Leaving Certificate Examination, 1919, 1919
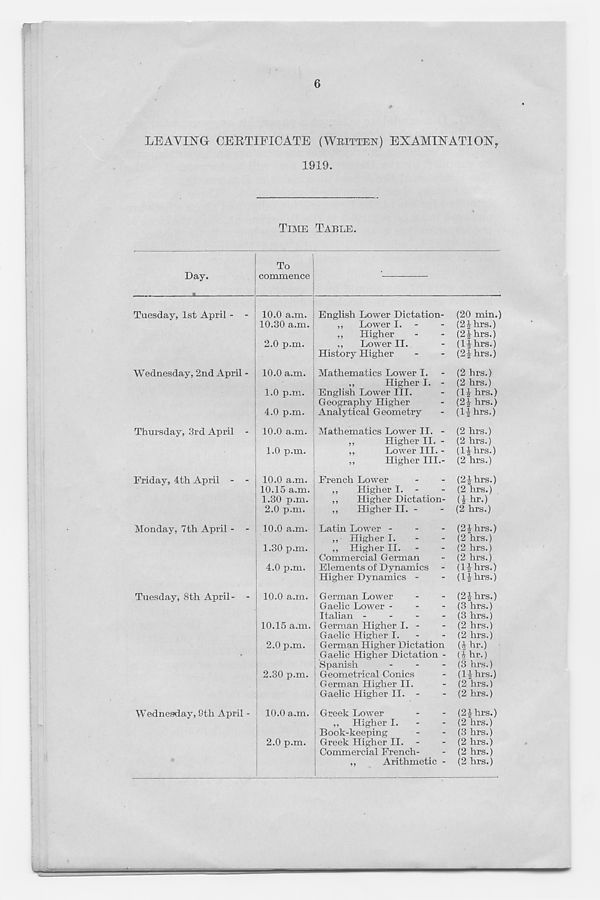
6
LEAVING CERTIFICATE (WHITTEN) EXAMINATION,
1919.
TIME TABLE.
Day.
Tuesday, 1st April -
Wednesday, 2nd April -
Thursday, 3rd April
Friday, 4th April
Monday, 7th April -
Tuesday, 8th April-
Wednesday, 9th April -
10.0 a.m.
10.30 a.m.
2.0 p.m.
10.0 a.m.
1.0 p.m.
4.0 p.m.
10.0 a.m.
1.0 p.m.
10.0 a.m.
10.15 a.m.
1.30 p.m.
2.0 p.m.
10.0 a.m.
1.30 p.m.
4.0 p.m.
10.0 a.m.
10.15 a.m.
2.0 p.m.
2.30 p.m.
10.0 a.m.
2.0 p.m.
English Lower Dictation- (20 min.)
,,
Lower I. -
- (2|hrs.)
„
Higher
-
- (2|hrs.)
„
Lower II.
- (l|hrs.)
History Higher
-
- (2|hrs.)
Mathematics Lower I. - (2 hrs.)
,,
Higher I. - (2 hrs.)
English Lower III.
- (IJ hrs.)
Geography Higher
- (24 hrs.)
Analytical Geometry
- (14 hrs.)
Mathematics Lower II. - (2 hrs.)
,,
Higher II. - (2 hrs.)
„
Lower III. - (IJhrs.)
,,
Higher III.- (2 hrs.)
French Lower
-
- (24 hrs.)
,,
Higher I. -
- (2 hrs.)
,,
Higher Dictation- (I hr.)
„
Higher II. -
- (2 hrs.)
Latin Lower -
-
- (24 hrs.)
,, Higher I.
-
- (2 hrs.)
,, Higher II.
-
- (2 hrs.)
Commercial German
- (2 hrs.)
Elements of Dynamics - (14 hrs.)
Higher Dynamics -
- (14hrs.)
German Lower
-
- (24 hrs.)
Gaelic Lower -
-
- (3 hrs.)
Italian -
-
-
- (3 hrs.)
German Higher I. -
- (2 hrs.)
Gaelic Higher I.
-
- (2 hrs.)
German Higher Dictation (4 hr.)
Gaelic Higher Dictation - (| hr.)
Spanish
-
-
- (3 hrs.)
Geometrical Conics
- (14 hrs.)
German Higher II.
- (2 hrs.)
Gaelic Higher II. -
- (2 hrs.)
Greek Lower
-
- (24 hrs.)
„ Higher I.
-
- (2 hrs.)
Book-keeping
-
- (3 hrs.)
Greek Higher II. -
- (2 hrs.)
Commercial French-
- (2 hrs.)
,,
Arithmetic - (2 hrs.)